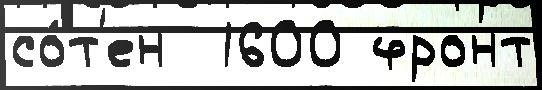
со́т'ен  1600 фронт